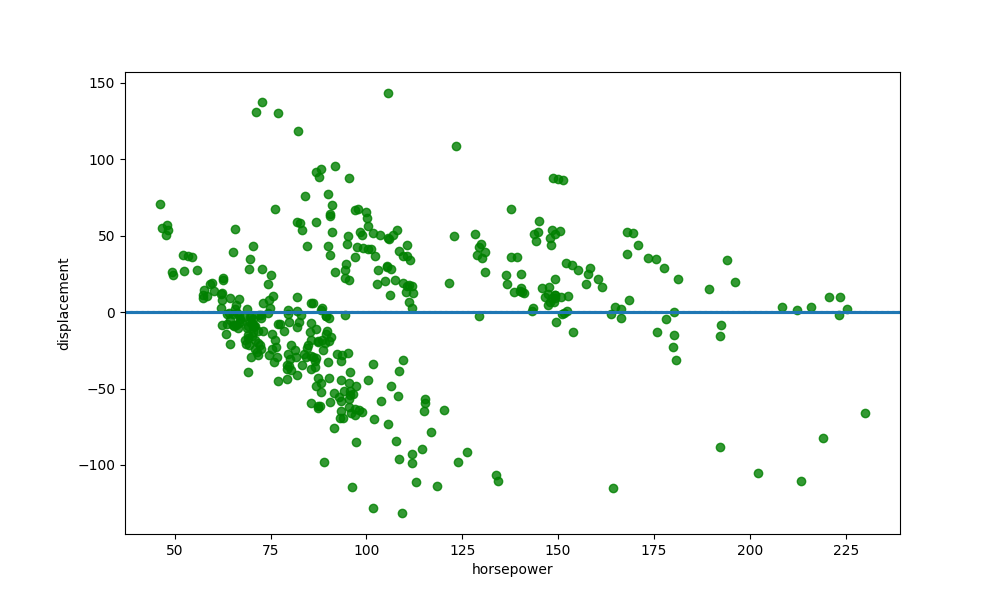
python, seaborn, residplot, lowess=True, scatter_color=green